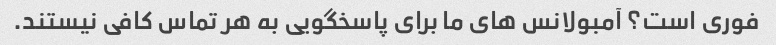
فوری است؟ آمبولانس های ما برای پاسخگویی به هر تماس کافی نیستند.